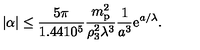
| \alpha | \le { \frac { 5 \pi } { 1 . 4 4 1 0 ^ { 5 } } } { \frac { m _ { \mathrm { p } } ^ { 2 } } { \rho _ { 3 } ^ { 2 } \lambda ^ { 3 } } } { \frac { 1 } { a ^ { 3 } } } \mathrm { e } ^ { a / \lambda } .